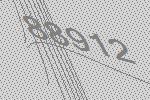
88912